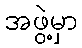
အဖွဲ့မှာ